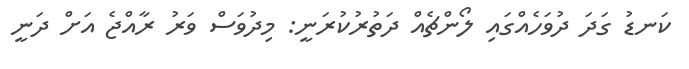
ކަނޑު ގަދަ ދުވަހެއްގައި ލޯންޗެއް ދަތުރުކުރަނީ: މިދުވަސް ވަރު ރާއްޖެ އަށް ދަނީ